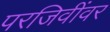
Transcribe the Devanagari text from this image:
परजिवींवर